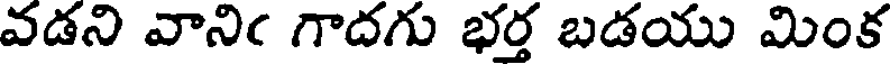
వడని వానిఁ గాదగు భర్త బడయు మింక